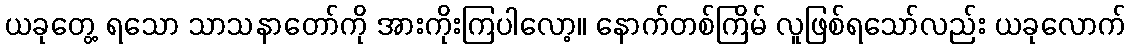
ယခုတွေ့ ရသော သာသနာတော်ကို အားကိုးကြပါလော့။ နောက်တစ်ကြိမ် လူဖြစ်ရသော်လည်း ယခုလောက်